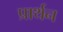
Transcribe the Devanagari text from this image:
प्रार्थन